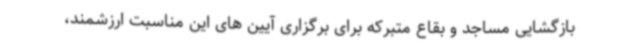
بازگشایی مساجد و بقاع متبرکه برای برگزاری آیین های این مناسبت ارزشمند،